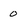
Character: 0